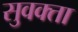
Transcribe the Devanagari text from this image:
सुवक्‍ता